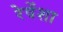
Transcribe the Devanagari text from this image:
रेवेंशा